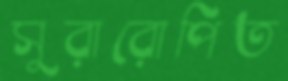
সুরারোপিত